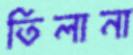
তিলানা